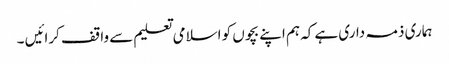
ہماری ذمہ داری ہے کہ ہم اپنے بچوں کو اسلامی تعلیم سے واقف کرائیں ۔